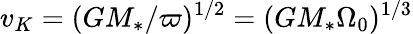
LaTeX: v_{K}=(G{M_{\ast}}/\varpi)^{1/2}=(G{M_{\ast}}\Omega_{0})^{1/3}